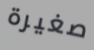
صغيرة